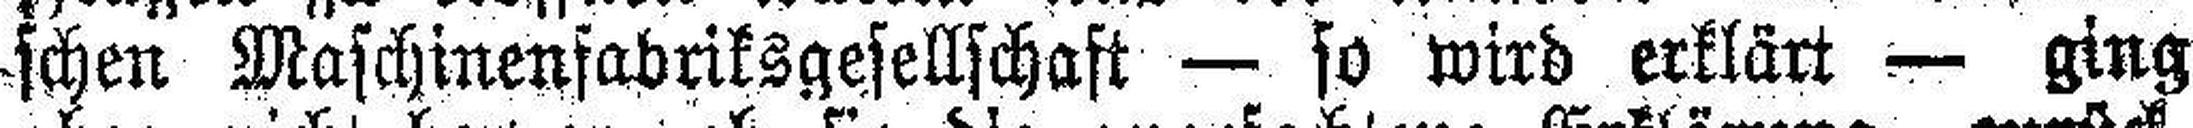
schen Maschinenfabriksgesellschaft — so wird erklärt — ging